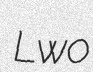
Lwo